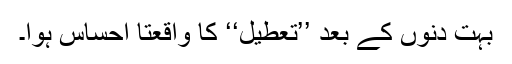
بہت دنوں کے بعد ’’تعطیل‘‘ کا واقعتا احساس ہوا۔